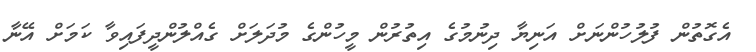
އެގޮތުން ފުލުހުންނަށް އަނިޔާ ދިނުމުގެ އިތުރުން މީހުންގެ މުދަލަށް ގެއްލުންދީފައިވާ ކަމަށް އޭނާ